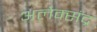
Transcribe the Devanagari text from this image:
अलेक्संद्र